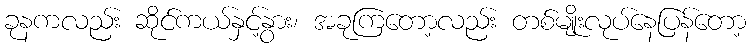
ခုနကလည်း ဆိုင်ကယ်နှင့်နွား၊ အခုကြတော့လည်း တစ်မျိုးလုပ်နေပြန်တော့